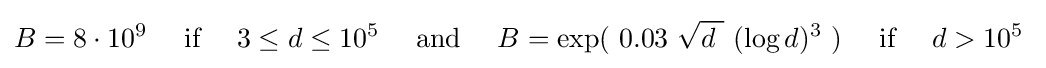
B=8\cdot 10^{9}\quad {\text{ if }}\quad 3\leq d\leq 10^{5}\quad {\text{ and }}\quad B=\exp(\ 0.03\ {\sqrt {d\ }}\ (\log {d})^{3}\ )\quad {\text{ if }}\quad d>10^{5}\